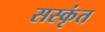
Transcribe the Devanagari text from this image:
सस्कृंत